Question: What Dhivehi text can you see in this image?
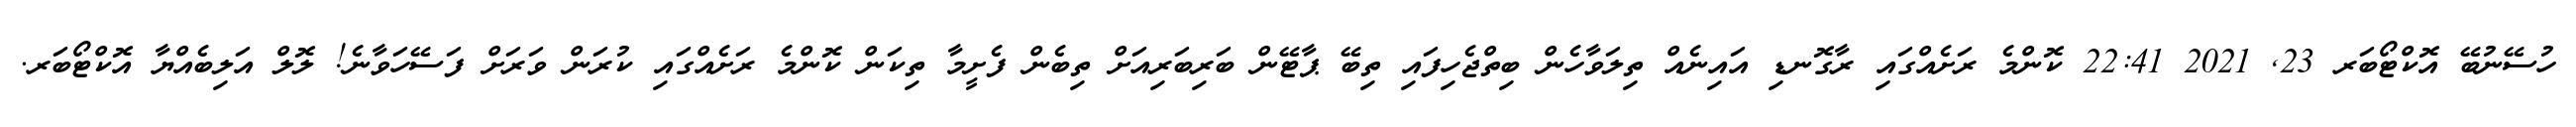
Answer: ހުސޭނުބޭ އޮކްޓޯބަރ 23, 2021 22:41 ކޮންމެ ރަށެއްގައި ރާގޮނޑި އައިނެއް ތިލަވާހެން ބިތްޖެހިފައި ތިބޭ ޕާޓޭން ބަރިބަރިއަށް ތިބެން ފެށީމާ ތިކަން ކޮންމެ ރަށެއްގައި ކުރަން ވަރަށް ފަސޭހަވާނެ! ލޮލް އަލިބެއްޔާ އޮކްޓޯބަރ.